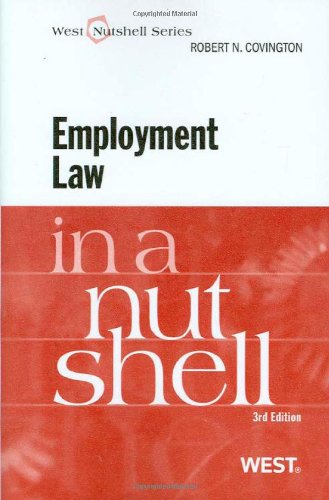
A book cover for Employment Law in a Nutshell, Third Edition (West Nutshell); Robert Covington; Law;